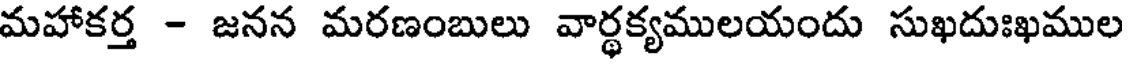
మహాకర్త - జనన మరణంబులు వార్థక్యములయందు సుఖదుఃఖముల